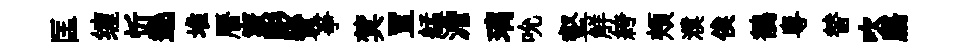
匡缠忻遶堆曆竅彫贊亊蓂罝艋澹璃吮壑觧絝頰濮俟鶺粤替吹膓